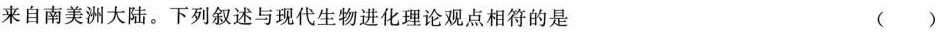
来自南美洲大陆。下列叙述与现代生物进化理论观点相符的是 ()